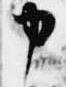
申